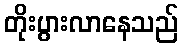
တိုးပွားလာနေသည်